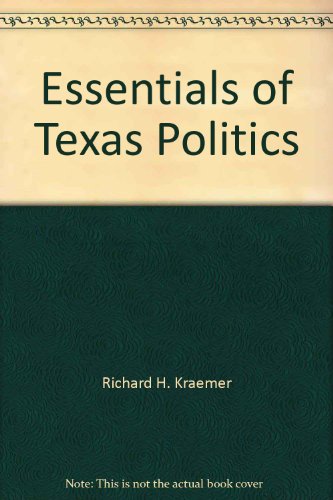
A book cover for Essentials of Texas politics; Richard H Kraemer; Law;